Voisiku_vallavalitsus, lk 8
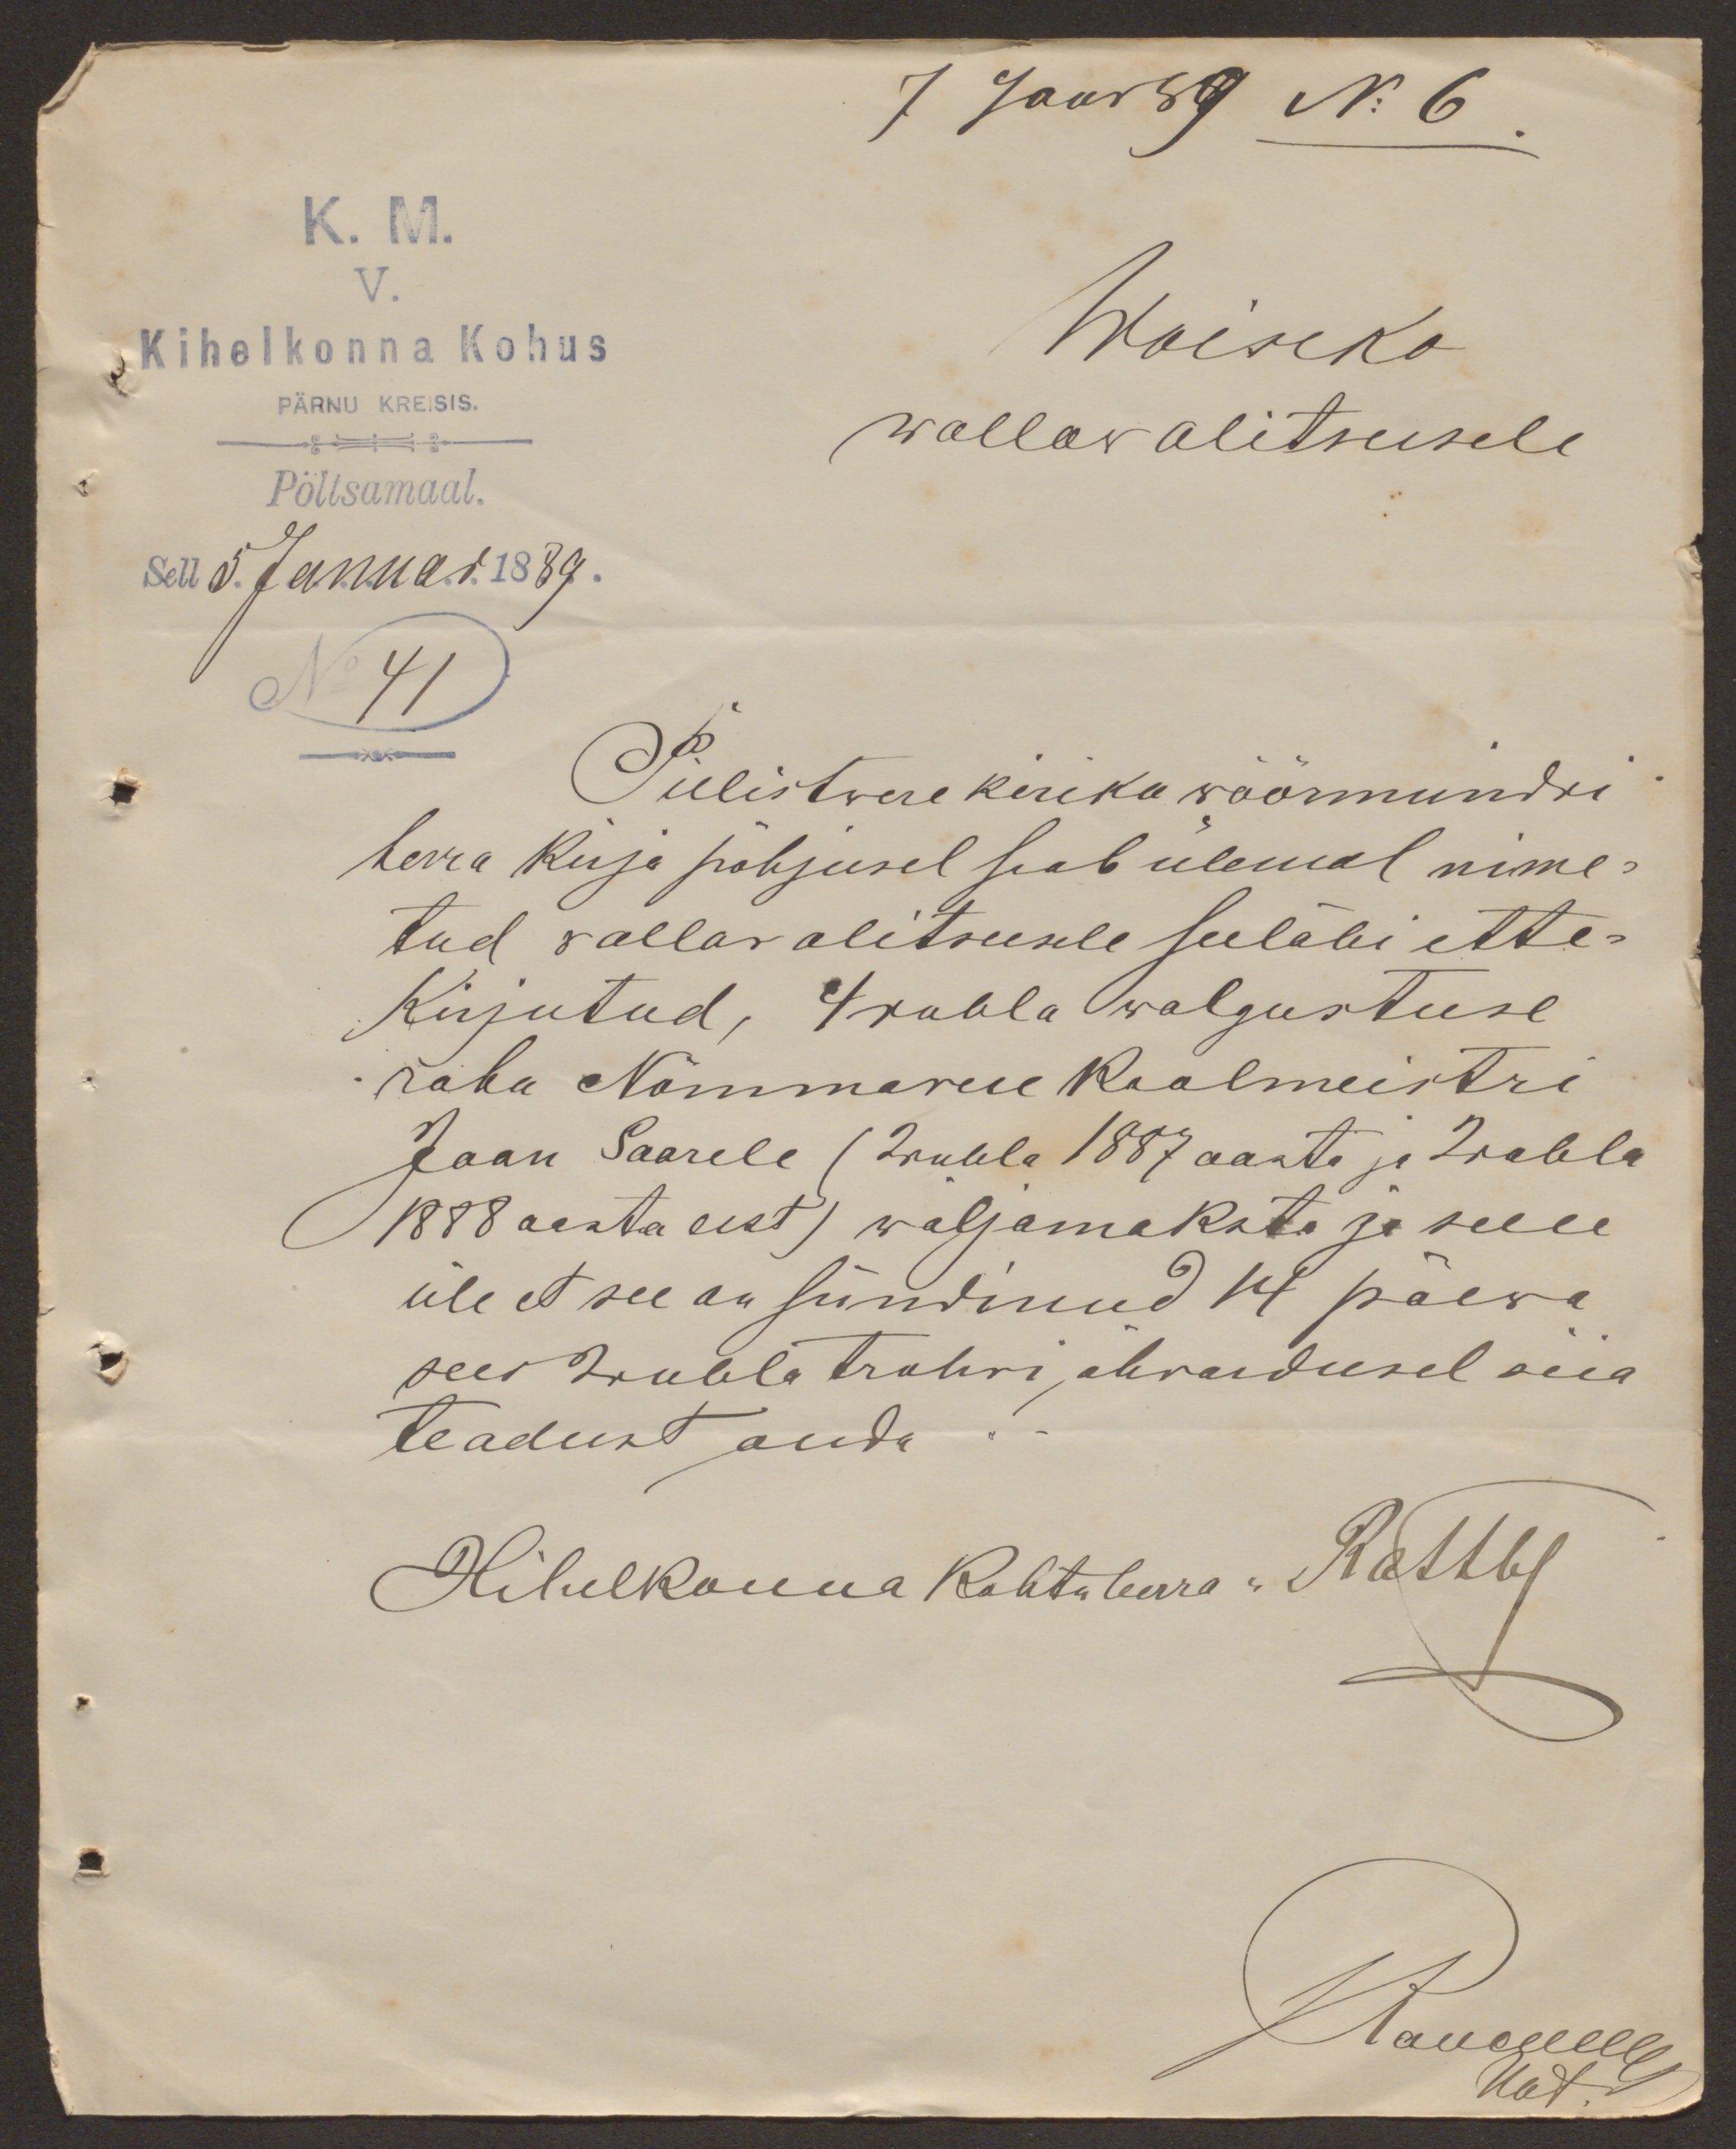
7 Janr 89 No 6
K. M.
V.
Kihelkonna Kohus
Woiseko
PÄRNU KREISIS.
wallawalitsusele
Pöltsamaal.
Sell 5. Januar 1889.
No 41
Pillistwere kiriku wöörmündri
herra kirja põhjusel seab ülemal nime-
tud wallawalitsusele seeläbi ette-
Kirjutud, 4 rubla walgustuse
raha Nõmmevere Koolmeistri
Jaan Saarele (2 rubla 1887 aasta ja 2 rubla
1888 aasta eest) wäljamaksta ja selle
üle et see on sündinud 14 päewa
sees 2 rubla trahwi, ähvardusel siia
teadust anda
Kihelkonna Kohtuherra: Ratteley
JKaugull
Uat